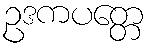
ဥဒကပတ္တေ